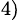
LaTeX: ^{4)}